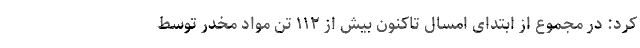
کرد: در مجموع از ابتدای امسال تاکنون بیش از ۱۱۲ تن مواد مخدر توسط